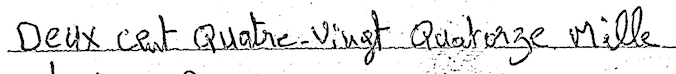
Deux cent Quatre-Vingt Quatorze Mille